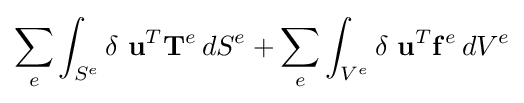
\sum _{e}\int _{S^{e}}\delta \ \mathbf {u} ^{T}\mathbf {T} ^{e}\,dS^{e}+\sum _{e}\int _{V^{e}}\delta \ \mathbf {u} ^{T}\mathbf {f} ^{e}\,dV^{e}